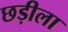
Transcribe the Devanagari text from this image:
छड़ीला